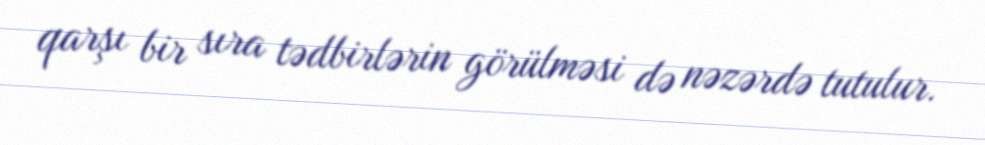
qarşı bir sıra tədbirlərin görülməsi də nəzərdə tutulur.